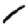
Digit: 1